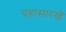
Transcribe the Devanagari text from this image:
ग्रहासारखे